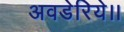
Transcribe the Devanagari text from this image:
अवडेरिये।।